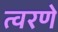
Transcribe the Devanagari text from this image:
त्वरणे